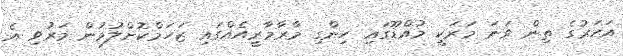
އަހަރުގެ ތިން ވަނަ މަރަކީ މުއްޑޫގައި ހިންގި މާރާމާރީއެއްގައި ޒަހަމްކޮށްލުމުން މަރުވި އެ